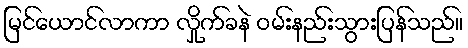
မြင်ယောင်လာကာ လှိုက်ခနဲ ဝမ်းနည်းသွားပြန်သည်။